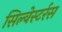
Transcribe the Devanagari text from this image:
सिल्वेस्टर्रस